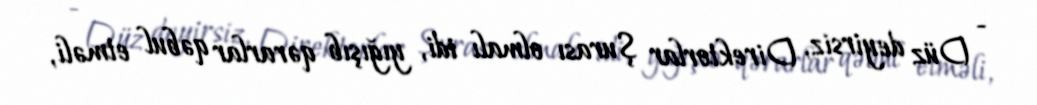
- Düz deyirsiz, Direktorlar Şurası olmalı idi, yığışıb qərarlar qəbul etməli,